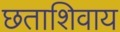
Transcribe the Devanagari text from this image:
छताशिवाय